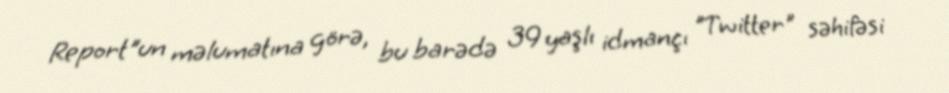
Report"un məlumatına görə, bu barədə 39 yaşlı idmançı "Twitter" səhifəsi